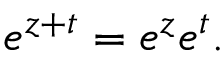
e ^ { z + t } = e ^ { z } e ^ { t } .